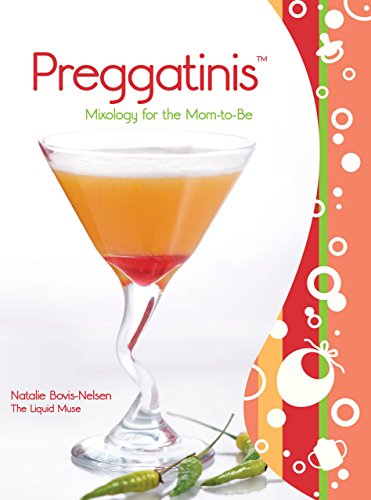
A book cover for Preggatinis(TM): Mixology For The Mom-To-Be; Natalie Bovis Nelsen; Humor & Entertainment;